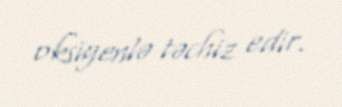
oksigenlə təchiz edir.